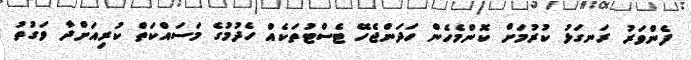
ފެންވަރު ރަނގަޅު ކުރުމަށް ކޮންމެހެން ހަދަންޖެހޭ ޓެސްޓުތަކެއް ހެދުމުގެ މަސައްކަތް ކުރިއަށްދާ ވަގުތު